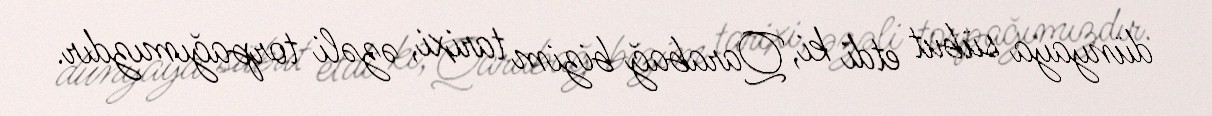
dünyaya sübut etdi ki, Qarabağ bizim tarixi, əzəli torpağımızdır.